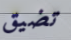
تضيق